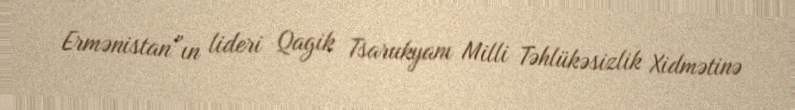
Ermənistan”ın lideri Qagik Tsarukyanı Milli Təhlükəsizlik Xidmətinə